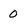
Character: 0